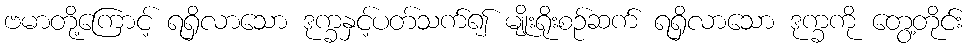
ဗမာတို့ကြောင့် ရရှိလာသော ဒုက္ခနှင့်ပတ်သက်၍ မျိုးရိုးစဉ်ဆက် ရရှိလာသော ဒုက္ခကို တွေ့တိုင်း